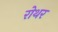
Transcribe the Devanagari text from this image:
रोथर